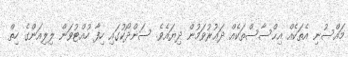
މައްސުނި އެތަކެއް އިޙްސާސްތަކެއް ދަޢުރުވަމުން ދިޔައެވެ. ސަންދޯކުގައި ހިފާ ހުއްޓުވަން ލިލިއަންގެ ހިތް